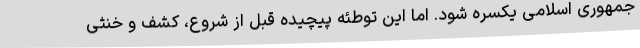
جمهوری اسلامی یکسره شود. اما این توطئه پیچیده قبل از شروع، کشف و خنثی